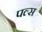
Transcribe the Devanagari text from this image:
पल्‍स